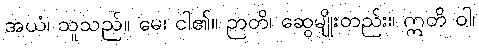
အယံ၊ သူသည်။ မေ၊ ငါ၏။ ဉာတိ၊ ဆွေမျိုးတည်း။ ဣတိ ဝါ၊